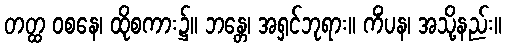
တတ္ထ ဝစနေ၊ ထိုစကား၌။ ဘန္တေ၊ အရှင်ဘုရား။ ကိံပန၊ အသို့နည်း။